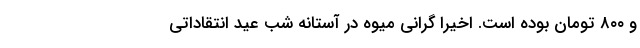
و ۸۰۰ تومان بوده است. اخیرا گرانی میوه در آستانه شب عید انتقاداتی